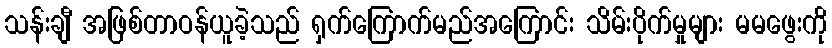
သန်းချီ အဖြစ်တာဝန်ယူခဲ့သည် ရှက်ကြောက်မည်အကြောင်း သိမ်းပိုက်မှုများ မမဖွေးကို